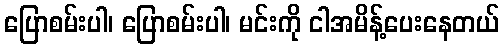
ပြောစမ်းပါ၊ ပြောစမ်းပါ၊ မင်းကို ငါအမိန့်ပေးနေတယ်